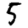
Digit: 5